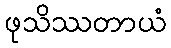
ဖုသိဿတာယံ